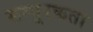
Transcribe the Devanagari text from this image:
सम्पूरकता